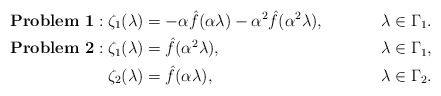
\begin{align*}{\bf Problem ~1}: \zeta_1(\lambda) &= - \alpha\hat{f}(\alpha\lambda) - \alpha^2\hat{f}(\alpha^2\lambda), & \lambda &\in \Gamma_1. \\{\bf Problem ~2}: \zeta_1(\lambda) &= \hat{f}(\alpha^2\lambda), & \lambda &\in \Gamma_1, \\\zeta_2(\lambda) &= \hat{f}(\alpha\lambda), & \lambda &\in \Gamma_2.\end{align*}